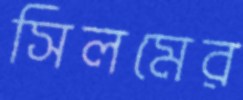
সিলমের